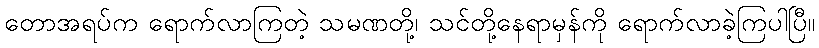
တောအရပ်က ရောက်လာကြတဲ့ သမဏတို့၊ သင်တို့နေရာမှန်ကို ရောက်လာခဲ့ကြပါပြီ။